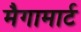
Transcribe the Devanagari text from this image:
मैगामार्ट